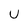
Character: U